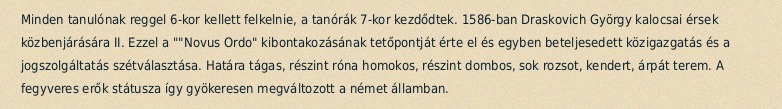
Minden tanulónak reggel 6-kor kellett felkelnie, a tanórák 7-kor kezdődtek. 1586-ban Draskovich György kalocsai érsek közbenjárására II. Ezzel a ""Novus Ordo" kibontakozásának tetőpontját érte el és egyben beteljesedett közigazgatás és a jogszolgáltatás szétválasztása. Határa tágas, részint róna homokos, részint dombos, sok rozsot, kendert, árpát terem. A fegyveres erők státusza így gyökeresen megváltozott a német államban.